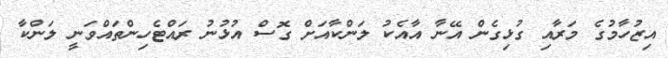
އިޒުހާމުގެ މަރާއި ގުޅިގެން އޭނާ އާއެކު ލަންކާއަށް ގޮސް އުޅުނު ރައްޓެހިންތައްވަނީ ލަންކާ